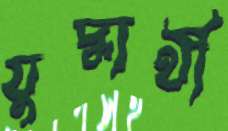
যুদ্ধার্থী